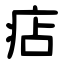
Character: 痁